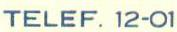
TELEF. 12-01